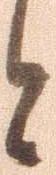
と